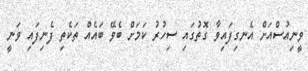
ވީނިއުސްއަށް އެނގިފައިވާ ގޮތުގައި ސިހުރު ކަމަށް ބެވޭ ބައެއް ތަކެތި ފެނިފައި ވަނީ